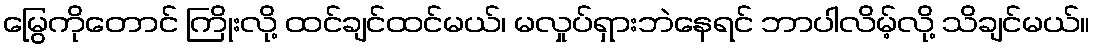
မြွေကိုတောင် ကြိုးလို့ ထင်ချင်ထင်မယ်၊ မလှုပ်ရှားဘဲနေရင် ဘာပါလိမ့်လို့ သိချင်မယ်။